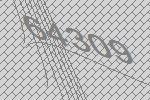
64309